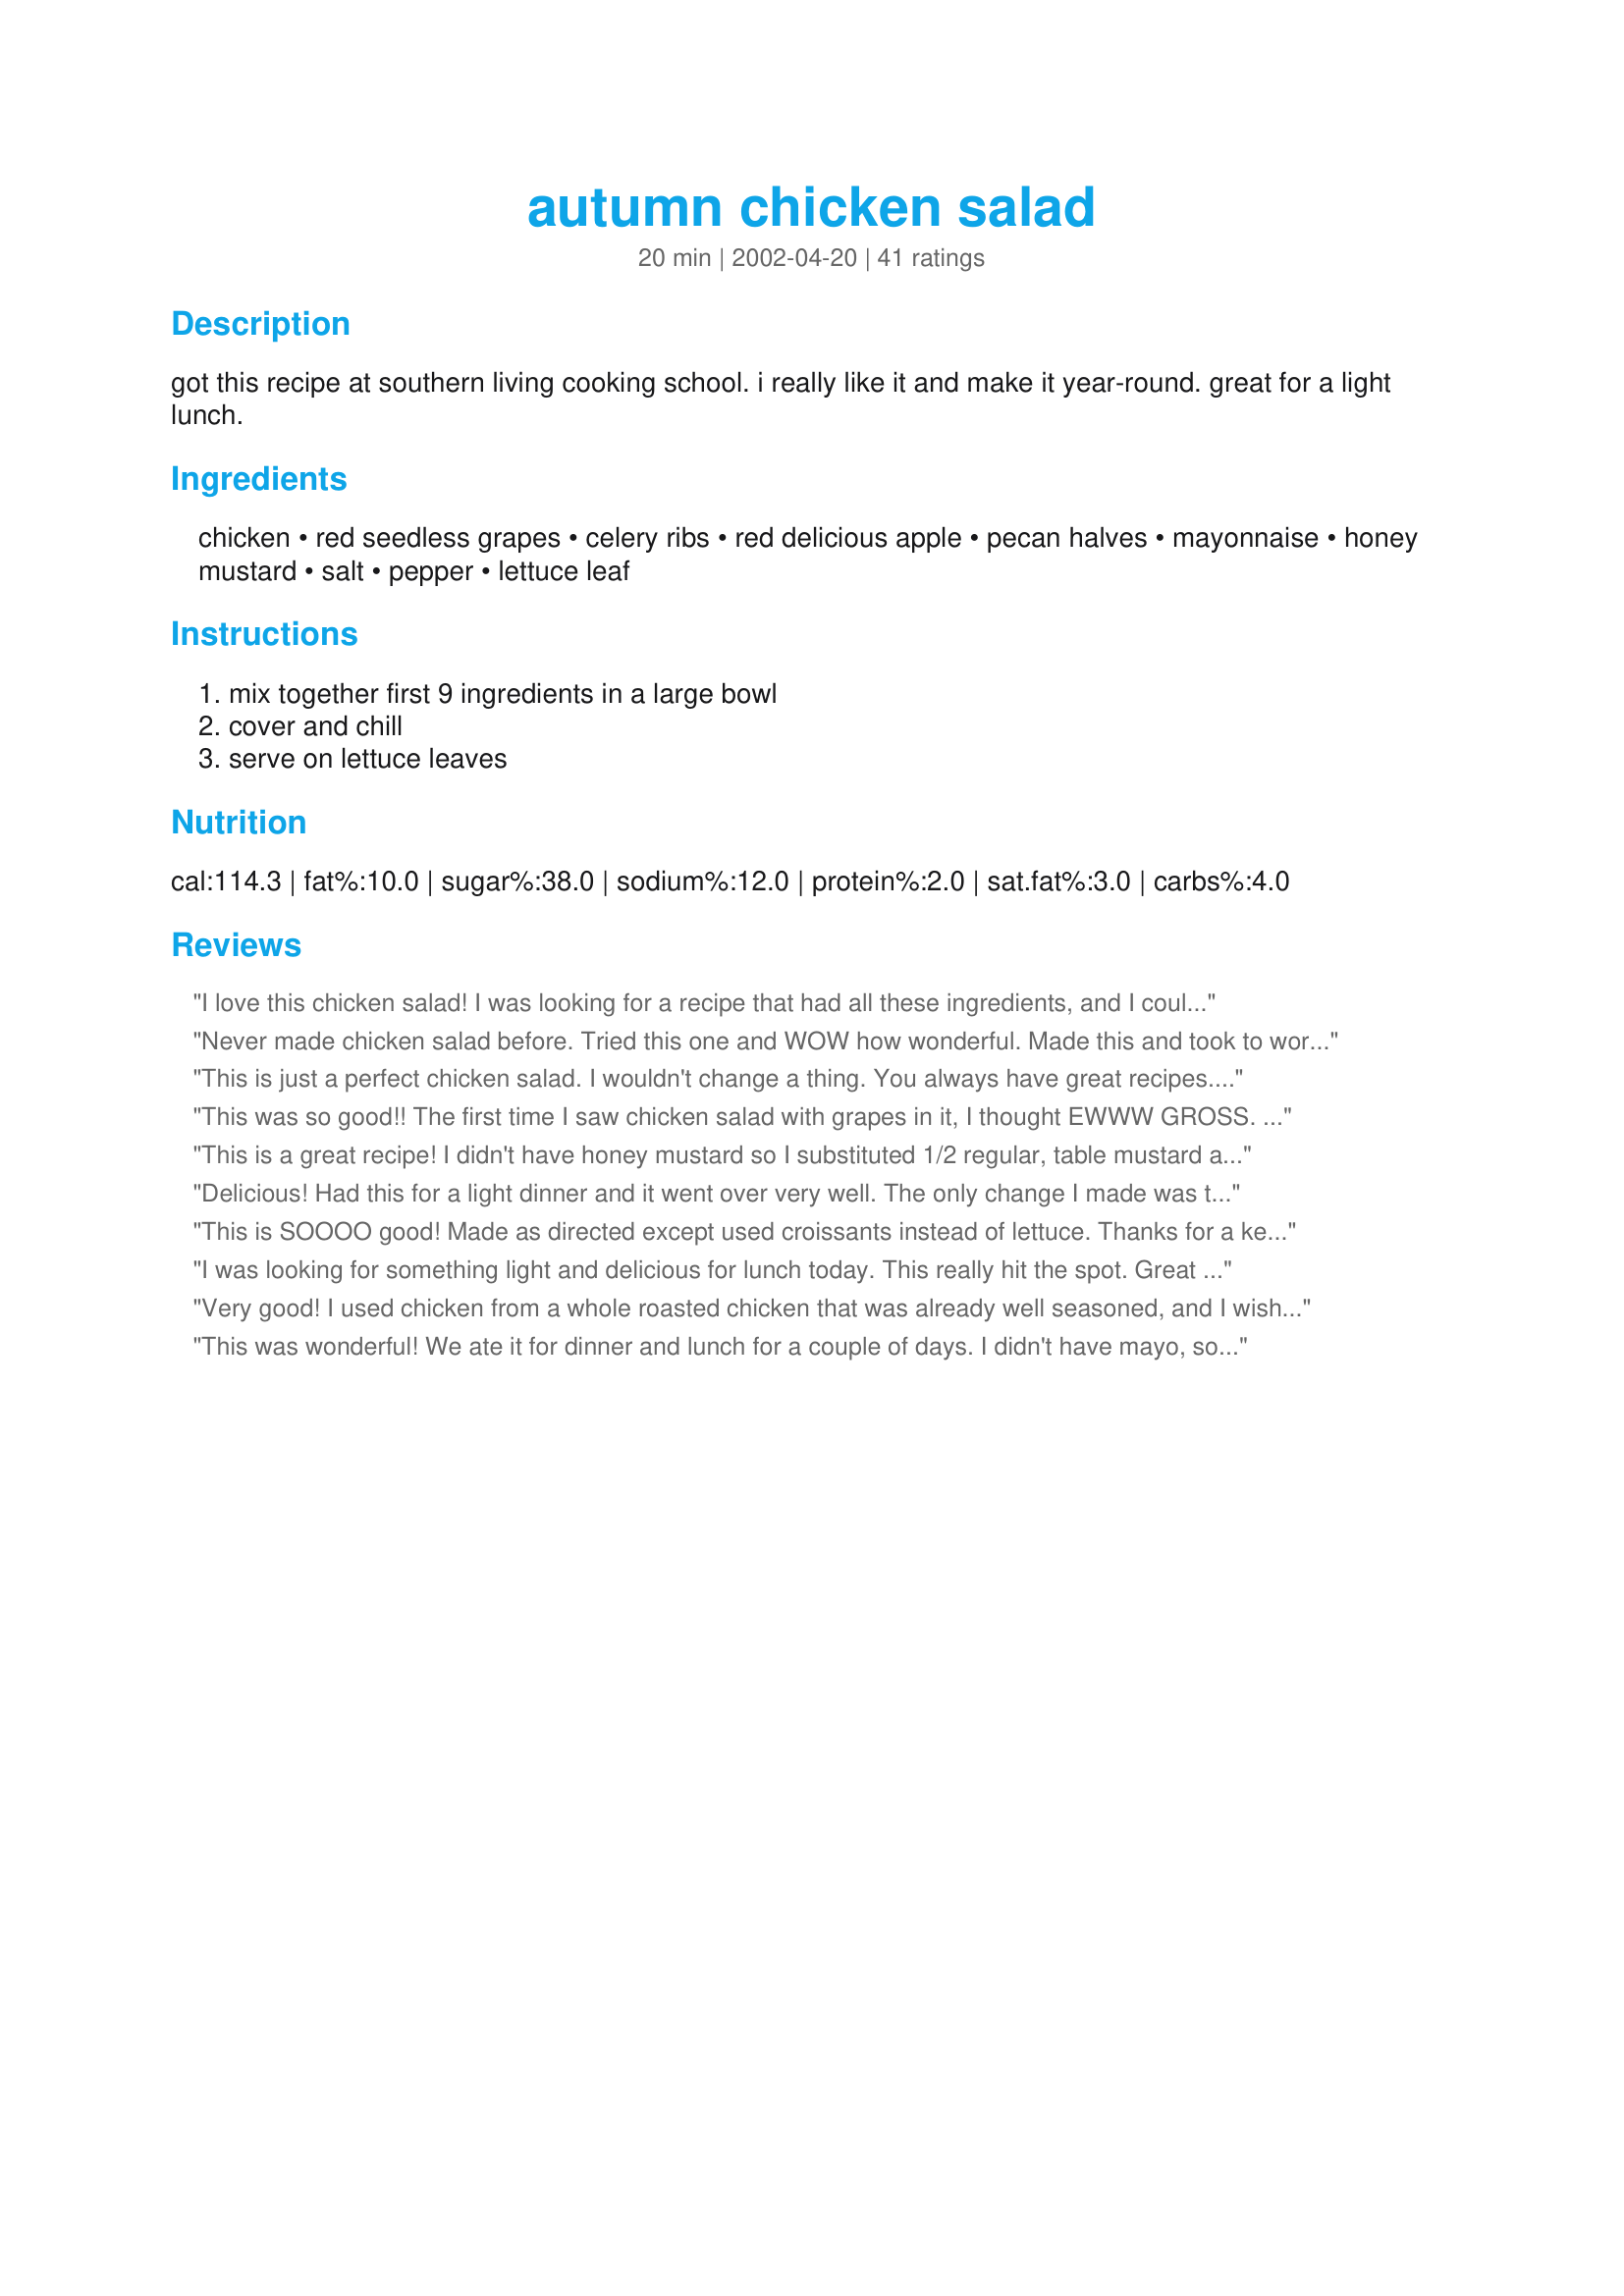
autumn chicken salad
Preparation time: 20 minutes

got this recipe at southern living cooking school. i really like it and make it year-round. great for a light lunch.

Ingredients:
chicken, red seedless grapes, celery ribs, red delicious apple, pecan halves, mayonnaise, honey mustard, salt, pepper, lettuce leaf

Steps:
mix together first 9 ingredients in a large bowl, cover and chill, serve on lettuce leaves

Reviews:
I love this chicken salad! I was looking for a recipe that had all these ingredients, and I could not find one anywhere. I made this for a family in our church who just had a baby, and I made extra for our family's dinner that night. I know it's called "Autumn" chicken salad, but it's nice and refreshing in the summer, too. And it would be great on 2 thick slices of grilled sourdough bread!
Never made chicken salad before. Tried this one and WOW how wonderful. Made this and took to work, everyone that tried loved the blend of the different fruits.
 This is a keeper. I used a baked chicken. Also chopped the pecans after toasting them. the grapes that I used were Sweet crimsom red, and black seedless.
This is just a perfect chicken salad. I wouldn't change a thing. You always have great recipes. Thank you for this one!
This was so good!! The first time I saw chicken salad with grapes in it, I thought EWWW GROSS. But I tried it anyway and it was delicious. I love this recipe because you've got the creaminess of the mayo yet the crunchiness of the pecans and celery. The grapes provide a perfect amount of sweetness. It's lovely with a nice buttery croissant.
This is a great recipe! I didn't have honey mustard so I substituted 1/2 regular, table mustard and 1/2 honey.
Delicious! Had this for a light dinner and it went over very well. The only change I made was to leave out the celery, as we don't particularly care for it. I will be making this one again :)
This is SOOOO good! Made as directed except used croissants instead of lettuce. Thanks for a keeper!
I was looking for something light and delicious for lunch today. This really hit the spot. Great combination of ingredients. The dressing was particularly yummy, I think because of the honey mustard. I served the salad on a bed of lettuce. Beautiful. Thanks Nurse Di.
Very good! I used chicken from a whole roasted chicken that was already well seasoned, and I wish I had not added all the salt and pepper listed here- too much! But still a great flavor! I omitted the apple and didn't miss it..
This was wonderful! We ate it for dinner and lunch for a couple of days. I didn't have mayo, so I just omitted it, and it was great! Thanks for sharing!
I am so glad to have found this recipe. One of my college roommates used to make a salad just like this but I was not concerned enough to pay attention to things like recipes back then. I love this salad. The chicken, grapes and nuts are an awesome combination and the tangy dressing is WOW. Thank you :)
This was very tasty! I made this for Father's Day and served it with pieces of lettuce on a croissant! DELICIOUS! That little bit of honey mustard is a very nice touch. It was a subtle flavor and was a nice change to just Mayo on a chicken salad! Perfect meal for a hot summer day!
This is some chicken salad! I made it to put into wraps for my husband and I to take to lunch. But honestly, I think I ate a fourth of it by sneaking bites everytime I passed the refrigerator. Thanks AGAIN, NurseDi. I can always count on your recipes being delicious.
Very good! Loved the combination of all the textures and flavors!
I just made this for the first time and absolutely love it. I've made chicken salad with grapes and pecans but never thought of adding the honey mustard. What a great combination. This will be the recipe I go to from now on. Thanks for sharing.
This salad is amazing. I've made it several times and each time it tastes just as good as the first. Instead of serving it on lettuce I cook some spiral noodles and serve it over them. My kids absolutely love it. Not to mention that it practically takes no time to make is a huge plus!
Made with Fuller brand hot and sweet mustard and used walnuts. Lightened my mayo up with a bit of plain yogurt and a squirt of lemon juice. It made for a delicious lunch. Would like to try it with grilled chicken, too, as previous reviewer did. 

Roxygirl
Very good! Made it for dinner and we liked it a lot. Just used a little less salt, but other than that stuck to the recipe. Will make again!
This was really good, the mustard tastes great in here. It could have used a little more pizzazz for me to get a 5 star. Maybe onion powder or seasoned salt? But it was good, and I served it on rolls for dinner.
This is a wonderful chicken salad! I used walnuts instead of pecans, and shredded carrot because I was out of celery. I also added some chopped Maui onion, cilantro, and a squeeze of lime. I didn't think it needed any salt, just a little fresh ground pepper. Delicious!
I think this is worth more than 5-stars. Very colorful. The red grapes and nuts are not only good tasting, they add texture as well. The honey mustard-mayo dressing is fantastic. My husband and I both give this raves. Thanks Nurse Di.
This salad is great! We used grilled chicken breasts and served it to 50 people, all of which want the recipe! So you should have more ratings soon! Thanks for sharing!
Made this for a pool side luncheon. Very easy to make. I used a roasted chicken from SAMS. Everyone loved it. I had to make several copies of the recipe to hand out to friends.
This was a 10-star recipe all the way! It had the perfect combination of sweet, tangy, and crunchy. It is my new favorite I will be making again and again.
Yum!! This was fabulous; it certainly brought back the memory of warmer summer days. I used green grapes, since that's what I had, and miracle whip instead of mayonnaise. I took the advice of another member and served the chicken salad on croissants. I can't wait to have it tomorrow for leftover lunch.
Very good! I made it for dinner last night, used a roasted chicken from the grocery store. I put the chicken salad on croissants for my husband and I then made a couple more for my in-laws. My FIL complimented it highly (he thought I bought the sandwiches.) Wouldn't change a thing........it was perfect
This salad was sooooooo good. We couldn't stop eating it. Perfect ingredients. Will make this many times. Thanks for posting.
This was super yummy! Added some craisins and a splash of balsamic vinegar and it became a fam fav. Thanks!
I just made and ate this delicious salad. I did not chill it in the fridge, as all the ingredients were already chilled, plus I subbed chopped, cooked turkey for the chicken. I also cut the recipe down to make a serving for 1 or 2 people, and may I say....
this sure was quite delish. I did however, omit the pecans, nor did I serve this on a lettuce leaf. To make a serving for 1 to 2 people, this is the amount of ingredients I used.... 1 cup chopped cooked turkey, 1/3 cup cut-up seedless green grapes, 1/4 cup thinly sliced celery, 1/3 of a large McIntosh apple, chopped, 1/3 cup of Kraft Mayonnaise, 1/2 tablespoon of French's Honey Mustard, 1/8 teaspoon salt, and 1/16 teaspoon of black pepper. This salad is a great way to use up the leftover cooked turkey after Thanksgiving. Thanx for the recipe!
This was outstanding! Even my husband ate it for a meal. I changed it a bit because I wanted lettuce to be mixed in with the chicken salad so I doubled the "dressing" ingredients and tossed it all with a large bag of iceberg lettuce (would also be great with spinach!). I think we added a bit more pepper to ours because we like our salads with lots of it. I also sliced the grapes in half to make them easier to poke. Will definitely make this again. Thanks for posting.
This is my new Chicken Salad recipe! I really like the way the Honey Mustard dressing played off both the savory and sweet ingredients.

I poached my chicken in grill seasoning which made it moist and infused the chicken with a lot of flavor. I added some Vidalia onion -- about a quarter of a large, and a handful each of dried golden raisins and dried cherries to the mix.

I also tweaked the dressing a bit. I used about a quarter cup of Mexican crema (a lot like creme fraiche) for tang, and 3 tablespoons of sweet marmalade for another level of sweetness. Delish!

Thanks for a great recipe. It works perfectly for these "no cook" summer afternoons and evenings.
Absolutely loved this! I've been looking a long, long time for a great chicken salad recipe and I've finally found it. Now to test it on the family....

Thanks!!
Wonderful chicken salad! Loved the honey mustard addition--it really makes this salad! Thanks for another keeper!
Love this! I made this 2 days ago for a big get together and not only did my friends and family love it, but I finished up all the leftovers by myself! The honey mustard gives it a great complementing flavor to the apples and grapes, and I love the crunch of the pecans and celery. I will definitely be making this again.
I got sort of tired of chicken-grape salads awhile ago, but this one is really different because of the honey mustard. It would not have occurred to me to add it, but it really works. Adding this to my regular list of lunch possibilities.
Very tasty. Like the chicken salad sandwich one would buy in a specialty deli. My daughter hates nuts but she loves it in this recipe :) Thank you for posting.
This is also very good with raisins.
I made a double batch of this recipe for a Halloween Party at work. Everyone loved it! I put out copies of the recipe beside it and they all went.

I used two precooked chickens from the grocery store, cut them up, and ended up with a tiny bit extra (which I used to make some of this to keep for myself). That made it super easy!
Just made this for lunch. I haved the recipe and it turned out great. I substituted chopped walnuts in lew of the pecan halves since I had none - and it was wonderful! Thanks for the recipe - I'll be making it often.
Great. thanks! I used 3 cans of Costco (Kirkland) canned chicken breast (drained). Made a ton - had to add extra mayo, mustard, honey, salt & pepper, but Yumm-Oh!
Love this chicken salad! I like to make mine on the lettuce leaves with a few strawberries and a side of parmesan toast. Makes for a wonderful lunch! Thanks again.
